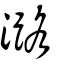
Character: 潞